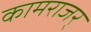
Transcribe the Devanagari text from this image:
कामराजर्